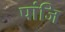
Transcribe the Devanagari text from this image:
पांजि